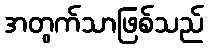
အတွက်သာဖြစ်သည်